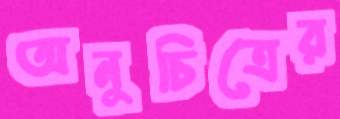
অনুচিত্রের